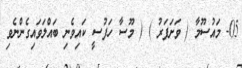
05- މައުސޫމާ ( ވަށަފަރު ) ( މޫސާ ހަފުސީ ކައިވެނި ބައްލަވައިގެންނެވި